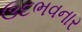
ઉદભવનાર